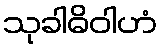
သုခါဓိဝါဟံ